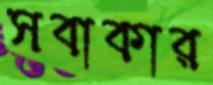
সবাকার